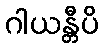
ဂါယန္တီပိ